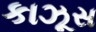
કાઝૂસ